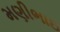
મણીભાઇ